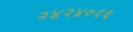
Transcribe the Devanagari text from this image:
२४२४०१६